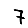
Digit: 7